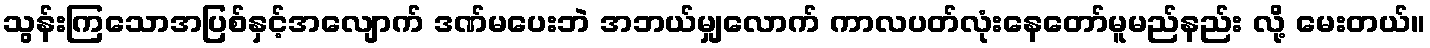
သွန်းကြသောအပြစ်နှင့်အလျောက် ဒဏ်မပေးဘဲ အဘယ်မျှလောက် ကာလပတ်လုံးနေတော်မူမည်နည်း လို့ မေးတယ်။